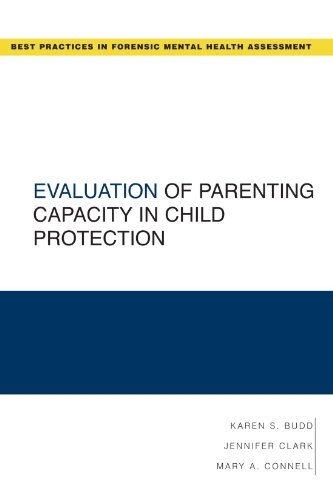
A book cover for Evaluation of Parenting Capacity in Child Protection (Best Practices for Forensic Mental Health Assessments); Karen S. Budd; Medical Books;